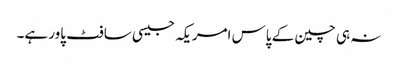
نہ ہی چین کے پاس امریکہ جیسی سافٹ پاور ہے۔